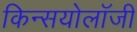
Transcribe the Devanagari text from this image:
किन्सयोलॉजी